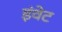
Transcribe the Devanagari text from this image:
इंवेट